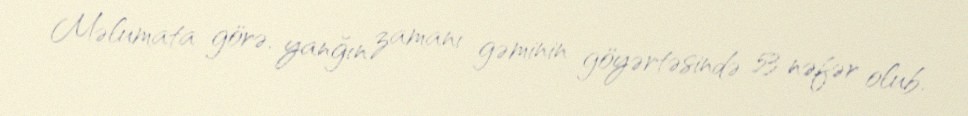
Məlumata görə, yanğın zamanı gəminin göyərtəsində 53 nəfər olub.